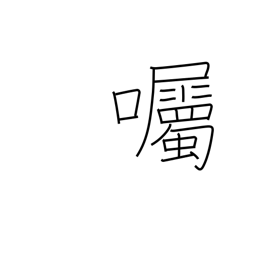
Meaning: send a message